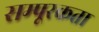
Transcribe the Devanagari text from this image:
सम्पूरकता